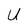
Character: U